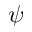
\psi